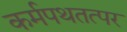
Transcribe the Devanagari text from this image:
कर्मपथतत्पर